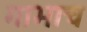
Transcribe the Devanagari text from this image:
गाभाच